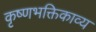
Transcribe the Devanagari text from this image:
कृष्णभक्तिकाव्य